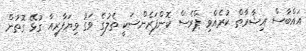
އައްބާސް އިޝާރާތް ކުރެއްވި ޕްރެސް ކޮންފަރެންސަކީ ތެލުގެ ވަގު ވިޔަފާރިއާ ގުޅޭ ގޮތުން